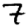
Digit: 7